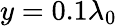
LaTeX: y=0.1\lambda_{0}